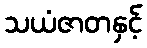
သယံဇာတနှင့်